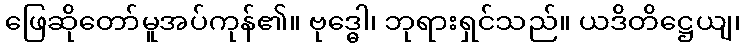
ဖြေဆိုတော်မူအပ်ကုန်၏။ ဗုဒ္ဓေါ၊ ဘုရားရှင်သည်။ ယဒိတိဋ္ဌေယျ၊